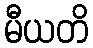
မီယတိ